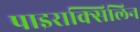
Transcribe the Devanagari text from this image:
पाइराक्सिलिन